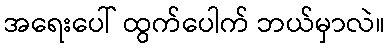
အရေးပေါ် ထွက်ပေါက် ဘယ်မှာလဲ။